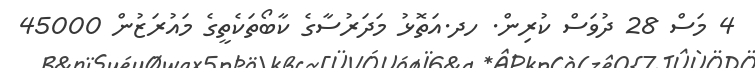
4 މަސް 28 ދުވަސް ކުރިން. ހދ.އަތޮޅު މަދަރުސާގެ ކާބޯތަކެތީގެ މައުރަޒުން 45000